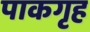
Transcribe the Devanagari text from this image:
पाकगृह